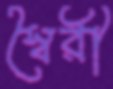
স্বৈরী